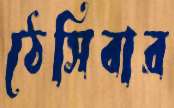
ঠেসিবার